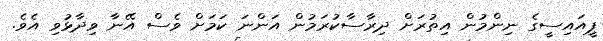
ޕީއައިސީގެ ނިންމުން އިތުރަށް ދިރާސާކުރަމުން އަންނަ ކަމަށް ވެސް އޭނާ ވިދާޅުވި އެވެ.